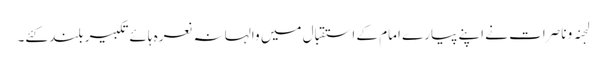
لجنہ و ناصرات نے اپنے پیارے امام کے استقبال میں والہانہ نعرہ ہائےتکبیر بلند کئے۔